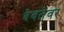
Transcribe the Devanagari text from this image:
देवतेवर